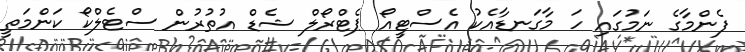
ފެންމާގެ ނަމުގައި ހަ މާގަނޑާއެކު އެސްޓީއޯ ޕެޓްރޯލް ޝެޑް އުތުރުން ސްޓެލްކޯ ކަންމަތީ